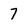
Character: 7